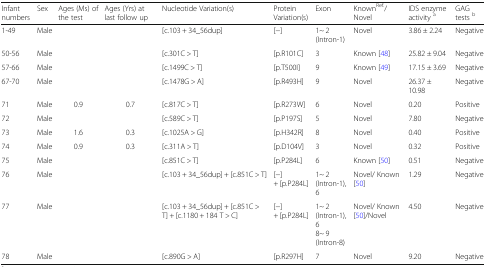
<table><thead><tr><td><b>Infant numbers</b></td><td><b>Sex</b></td><td><b>Ages (Ms) of the test</b></td><td><b>Ages (Yrs) at last follow up</b></td><td><b>Nucleotide Variation(s)</b></td><td><b>Protein Variation(s)</b></td><td><b>Exon</b></td><td><b>Known<sup>Ref.</sup>/ Novel</b></td><td><b>IDS enzyme activity <sup>a</sup></b></td><td><b>GAG tests <sup>b</sup></b></td></tr></thead><tbody><tr><td>1-49</td><td>Male</td><td></td><td></td><td>[c.103 + 34_56dup]</td><td>[−]</td><td>1~ 2 (Intron-1)</td><td>Novel</td><td>3.86 ± 2.24</td><td>Negative</td></tr><tr><td>50-56</td><td>Male</td><td></td><td></td><td>[c.301C &gt; T]</td><td>[p.R101C]</td><td>3</td><td>Known [48]</td><td>25.82 ± 9.04</td><td>Negative</td></tr><tr><td>57-66</td><td>Male</td><td></td><td></td><td>[c.1499C &gt; T]</td><td>[p.T500I]</td><td>9</td><td>Known [49]</td><td>17.15 ± 3.69</td><td>Negative</td></tr><tr><td>67-70</td><td>Male</td><td></td><td></td><td>[c.1478G &gt; A]</td><td>[p.R493H]</td><td>9</td><td>Novel</td><td>26.37 ± 10.98</td><td>Negative</td></tr><tr><td>71</td><td>Male</td><td>0.9</td><td>0.7</td><td>[c.817C &gt; T]</td><td>[p.R273W]</td><td>6</td><td>Novel</td><td>0.20</td><td>Positive</td></tr><tr><td>72</td><td>Male</td><td></td><td></td><td>[c.589C &gt; T]</td><td>[p.P197S]</td><td>5</td><td>Novel</td><td>7.80</td><td>Negative</td></tr><tr><td>73</td><td>Male</td><td>1.6</td><td>0.3</td><td>[c.1025A &gt; G]</td><td>[p.H342R]</td><td>8</td><td>Novel</td><td>0.40</td><td>Positive</td></tr><tr><td>74</td><td>Male</td><td>0.9</td><td>0.3</td><td>[c.311A &gt; T]</td><td>[p.D104V]</td><td>3</td><td>Novel</td><td>0.32</td><td>Positive</td></tr><tr><td>75</td><td>Male</td><td></td><td></td><td>[c.851C &gt; T]</td><td>[p.P284L]</td><td>6</td><td>Known [50]</td><td>0.51</td><td>Negative</td></tr><tr><td>76</td><td>Male</td><td></td><td></td><td>[c.103 + 34_56dup] + [c.851C &gt; T]</td><td>[−] + [p.P284L]</td><td>1~ 2 (Intron-1), 6</td><td>Novel/ Known [50]</td><td>1.29</td><td>Negative</td></tr><tr><td>77</td><td>Male</td><td></td><td></td><td>[c.103 + 34_56dup] + [c.851C &gt; T] + [c.1180 + 184 T &gt; C]</td><td>[−] + [p.P284L]</td><td>1~ 2 (Intron-1), 68~ 9 (Intron-8)</td><td>Novel/ Known [50]/Novel</td><td>4.50</td><td>Negative</td></tr><tr><td>78</td><td>Male</td><td></td><td></td><td>[c.890G &gt; A]</td><td>[p.R297H]</td><td>7</td><td>Novel</td><td>9.20</td><td>Negative</td></tr></tbody></table>